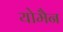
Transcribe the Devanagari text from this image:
योमैन